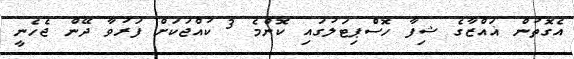
އެގޮތުން ޣައްޒާގެ ޝިފާ ހޮސްޕިޓަލުގައި ކޮންމެ 3 ކުއްޖަކަށް ފަރުވާ ދޭން ޖެހެނީ